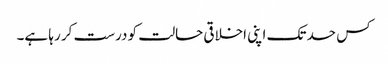
کس حد تک اپنی اخلاقی حالت کو درست کر رہا ہے۔